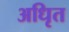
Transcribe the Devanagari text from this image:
अधिृत